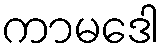
ကာမဒေါ